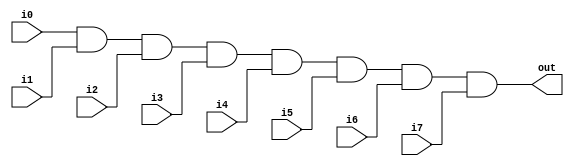
module eight_input_and_gate (
    input      i0,
    input      i1,
    input      i2,
    input      i3,
    input      i4,
    input      i5,
    input      i6,
    input      i7,
    output     out
);

assign out = i0 & i1 & i2 & i3 & i4 & i5 & i6 & i7;

endmodule